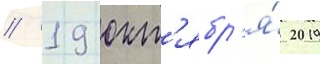
// 19 окт'ябр'я́ 2019